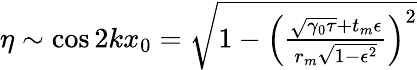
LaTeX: \begin{array}{r}{\eta\sim\cos 2kx_{0}=\sqrt{1-\left(\frac{\sqrt{\gamma_{0}\tau}+t_{m}\epsilon}{r_{m}\sqrt{1-\epsilon^{2}}}\right)^{2}}}\end{array}